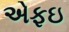
એફઇ